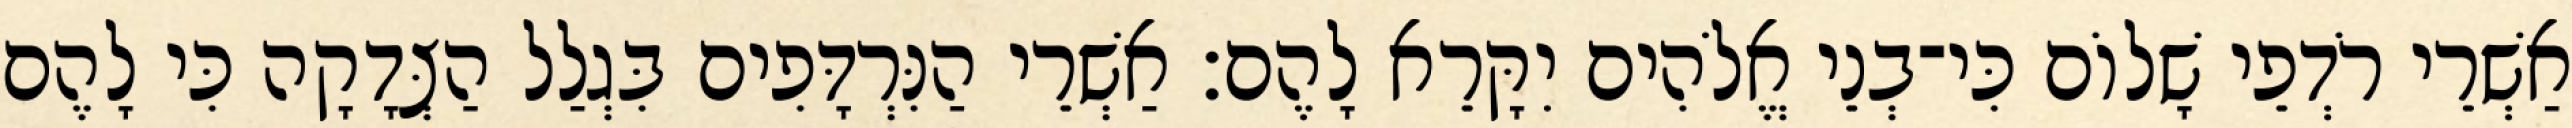
אַשְׁרֵי רֹדְפֵי שָׁלוֹם כִּי־בְנֵי אֱלֹהִים יִקָּרֵא לָהֶם׃ אַשְׁרֵי הַנִּרְדָּפִים בִּגְלַל הַצְּדָקָה כִּי לָהֶם